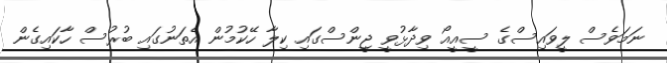
ނަމަވެސް ލީވައިސްގެ ސީއީއޯ ވިދާޅުވީ ޖީންސްގައި ކިލާ ހޭކުމުން އެތަނުގައި ބުރުސް ހާކައިގެން